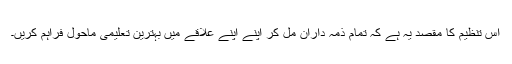
اس تنظیم کا مقصد یہ ہے کہ تمام ذمہ داران مل کر اپنے اپنے علاقے میں بہترین تعلیمی ماحول فراہم کریں۔